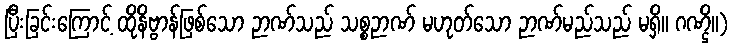
ပြီးခြင်းကြောင့် ထိုနိဗ္ဗာန်ဖြစ်သော ဉာဏ်သည် သစ္စဉာဏ် မဟုတ်သော ဉာဏ်မည်သည် မရှိ။ ဂဏ္ဌိ။)